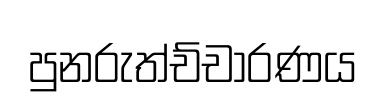
පුනරුත්ච්චාරණය